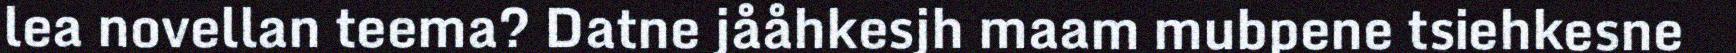
lea novellan teema? Datne jååhkesjh maam mubpene tsiehkesne